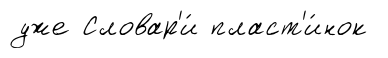
уже Словар'и́ пласт'и́нок